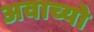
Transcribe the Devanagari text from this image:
अवाच्यो